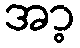
အာ့